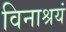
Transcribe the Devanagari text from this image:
विनाश्रयं